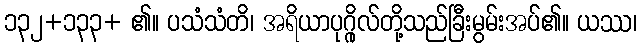
၁၃၂+၁၃၃+ ၏။ ပသံသံတိ၊ အရိယာပုဂ္ဂိုလ်တို့သည်ခြီးမွမ်းအပ်၏။ ယဿ၊